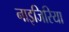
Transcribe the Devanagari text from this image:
नाइजिरिया